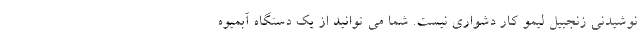
نوشیدنی زنجبیل لیمو کار دشواری نیست. شما می توانید از یک دستگاه آبمیوه